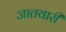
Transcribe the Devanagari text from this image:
जातवारी